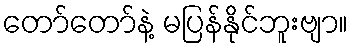
တော်တော်နဲ့ မပြန်နိုင်ဘူးဗျာ။